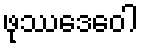
ဖုဿဒေဝေါ